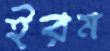
ইরম